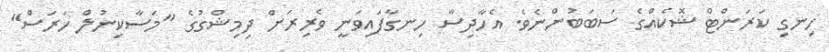
ހިނގި ކަރަންޓް ޝޮކެއްގެ ސަބަބުންނެވެ. އެހާދިސާ ހިނގާފައިވަނީ ވެރިރަށް ދިމިޝްގުގެ "މަސާކިނުލް ހަރަސް"